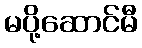
မပို့ဆောင်မီ